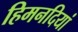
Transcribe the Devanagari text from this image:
हिमनदियां